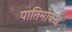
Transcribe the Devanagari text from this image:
पातिमोक्ख